Annual report of lunatic asylums [Bombay] - 1912-1922
Year: 1912
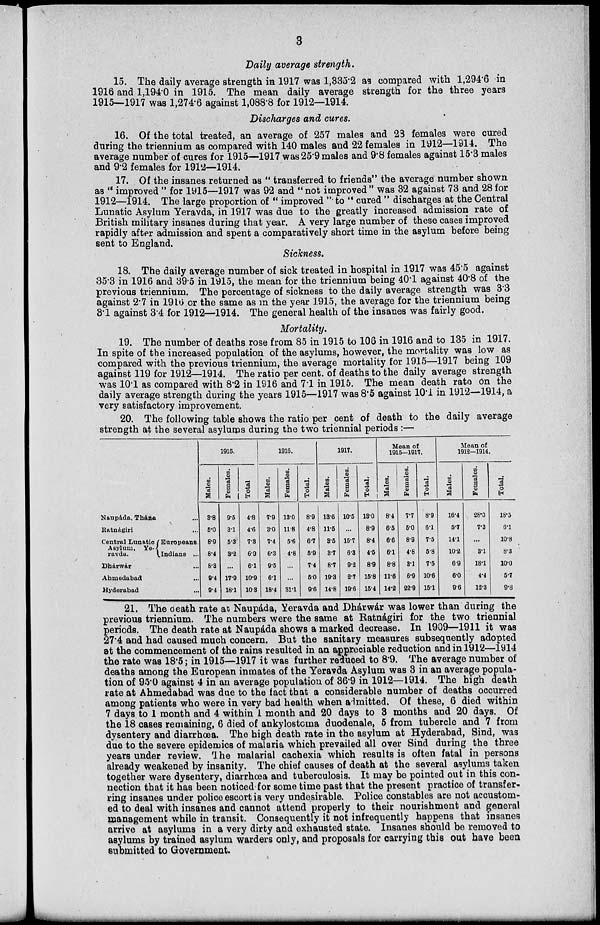
3
Daily average strength.
15. The daily average strength in 1917 was 1,335.2 as compared with 1,294.6 in
1916 and 1,194.0 in 1915. The mean daily average strength for the three years
1915—1917 was 1,274.6 against 1,088.8 for 1912—1914.
Discharges and cures.
16. Of the total treated, an average of 257 males and 23 females were cured
during the triennium as compared with 140 males and 22 females in 1912—1914. The
average number of cures for 1915—1917 was 25.9 males and 9.8 females against 15.3 males
and 9.2 females for 1912—1914.
17. Of the insanes returned as " transferred to friends" the average number shown
as "improved" for 1915—1917 was 92 and "not improved" was 32 against 73 and 28 for
1912—1914. The large proportion of " improved " to " cured " discharges at the Central
Lunatic Asylum Yeravda, in 1917 was due to the greatly increased admission rate of
British military insanes during that year. A very large number of these cases improved
rapidly after admission and spent a comparatively short time in the asylum before being
sent to England.
Sickness.
18. The daily average number of sick treated in hospital in 1917 was 45.5 against
35.3 in 1916 and 39.5 in 1915, the mean for the triennium being 40.1 against 40.8 of the
previous triennium. The percentage of sickness to the daily average strength was 3.3
against 2.7 in 1916 or the same as in the year 1915, the average for the triennium being
3.1 against 3.4 for 1912—1914. The general health of the insanes was fairly good.
Mortality.
19. The number of deaths rose from 85 in 1915 to 106 in 1916 and to 135 in 1917.
In spite of the increased population of the asylums, however, the mortality was low as
compared with the previous triennium, the average mortality for 1915—1917 being 109
against 119 for 1912—1914. The ratio per cent. of deaths to the daily average strength
was 10.1 as compared with 8.2 in 1916 and 7.1 in 1915. The mean death rate on the
daily average strength during the years 1915—1917 was 8.5 against 10.1 in 1912—1914, a
very satisfactory improvement.
20. The following table shows the ratio per cent of death to the daily average
strength at the several asylums during the two triennial periods :—
Naupáda, Thána ...
Ratnágiri ...
Central Lunatic
Asylum, Ye¬
ravda.
Europeans .
Indians ...
Dhárwár ...
Ahmedabad ...
Hyderabad ...
1915.
Males.
3.8
5.0
8.9
8.4
8.3
9.4
9.4
Females.
9.5
3.1
5.3
3.2
...
17.9
18.1
Total
4.8
4.6
7.3
6.9
6.1
10.9
10.3
1916.
Males.
7.9
3.0
7.4
6.3
9.5
6.1
18.4
Females.
13.0
11.8
5.6
4.8
...
...
31.1
Total.
8.9
4.8
6.7
5.9
7.4
5.0
9.6
1917.
Males.
13.6
11.5
3.5
3.7
8.7
19.3
14.8
Females.
10.5
...
15.7
6.3
9.2
2.7
19.6
Total.
13.0
8.9
8.4
4.5
8.9
15.8
15.4
Mean of
1915-1917.
Males.
8.4
6.5
6.6
6.1
8.8
11.6
14.2
Females.
7.7
5.0
8.9
4.8
3.1
6.9
22.9
Total.
8.9
6.1
7.5
5.8
7.5
10.6
15.1
Mean of
1912—1914.
Males.
16.4
5.7
14.1
10.2
6.9
6.0
9.6
Females.
28.0
7.3
...
3.1
18.1
4.4
12.3
Total.
18.5
6.1
10.8
8.3
10.0
5.7
9.8
21. The death rate at Naupáda, Yeravda and Dhárwár was lower than during the
previous triennium. The numbers were the same at Ratnágiri for the two triennial
periods. The death rate at Naupáda shows a marked decrease. In 1909—1911 it was
27.4 and had caused much concern. But the sanitary measures subsequently adopted
at the commencement of the rains resulted in an appreciable reduction and in 1912—1914
the rate was 18.5; in 1915—1917 it was further reduced to 8.9. The average number of
deaths among the European inmates of the Yeravda Asylum was 3 in an average popula-
tion of 95.0 against 4 in an average population of 36.9 in 1912—1914. The high death
rate at Ahmedabad was due to the fact that a considerable number of deaths occurred
among patients who were in very bad health when admitted. Of these, 6 died within
7 days to 1 month and 4 within 1 month and 20 days to 3 months and 20 days. Of
the 18 cases remaining, 6 died of ankylostoma duodenale, 5 from tubercle and 7 from
dysentery and diarrhœa. The high death rate in the asylum at Hyderabad, Sind, was
due to the severe epidemics of malaria which prevailed all over Sind during the three
years under review. The malarial cachexia which results is often fatal in persons
already weakened by insanity. The chief causes of death at the several asylums taken
together were dysentery, diarrhœa and tuberculosis. It may be pointed out in this con-
nection that it has been noticed for some time past that the present practice of transfer-
ring insanes under police escort is very undesirable. Police constables are not accustom-
ed to deal with insanes and cannot attend properly to their nourishment and general
management while in transit. Consequently it not infrequently happens that insanes
arrive at asylums in a very dirty and exhausted state. Insanes should be removed to
asylums by trained asylum warders only, and proposals for carrying this out have been
submitted to Government.